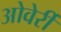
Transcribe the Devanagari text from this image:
ओवेर्री